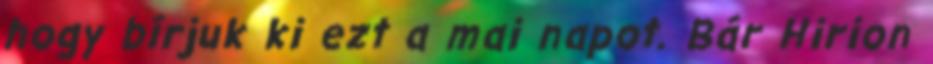
hogy bírjuk ki ezt a mai napot. Bár Hirion